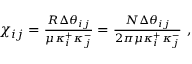
\begin{array} { r } { \chi _ { i j } = \frac { R \Delta \theta _ { i j } } { \mu \kappa _ { i } ^ { + } \kappa _ { j } ^ { - } } = \frac { N \Delta \theta _ { i j } } { 2 \pi \mu \kappa _ { i } ^ { + } \kappa _ { j } ^ { - } } \ , } \end{array}